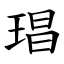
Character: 琩